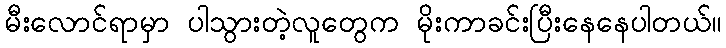
မီးလောင်ရာမှာ ပါသွားတဲ့လူတွေက မိုးကာခင်းပြီးနေနေပါတယ်။